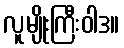
လူမျိုးကြီးဝါဒ။